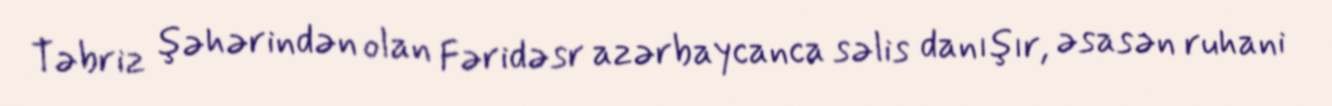
Təbriz şəhərindən olan Fəridəsr azərbaycanca səlis danışır, əsasən ruhani